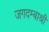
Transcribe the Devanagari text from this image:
जगदम्बाश्री